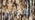
كاثلين